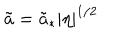
\tilde { a } = \tilde { a } _ { * } \left| \eta \right| ^ { 1 / 2 }